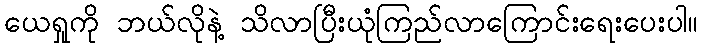
ယေရှုကို ဘယ်လိုနဲ့ သိလာပြီးယုံကြည်လာကြောင်းရေးပေးပါ။